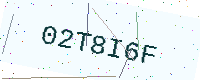
Text: 02T8I6F